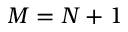
M = N + 1